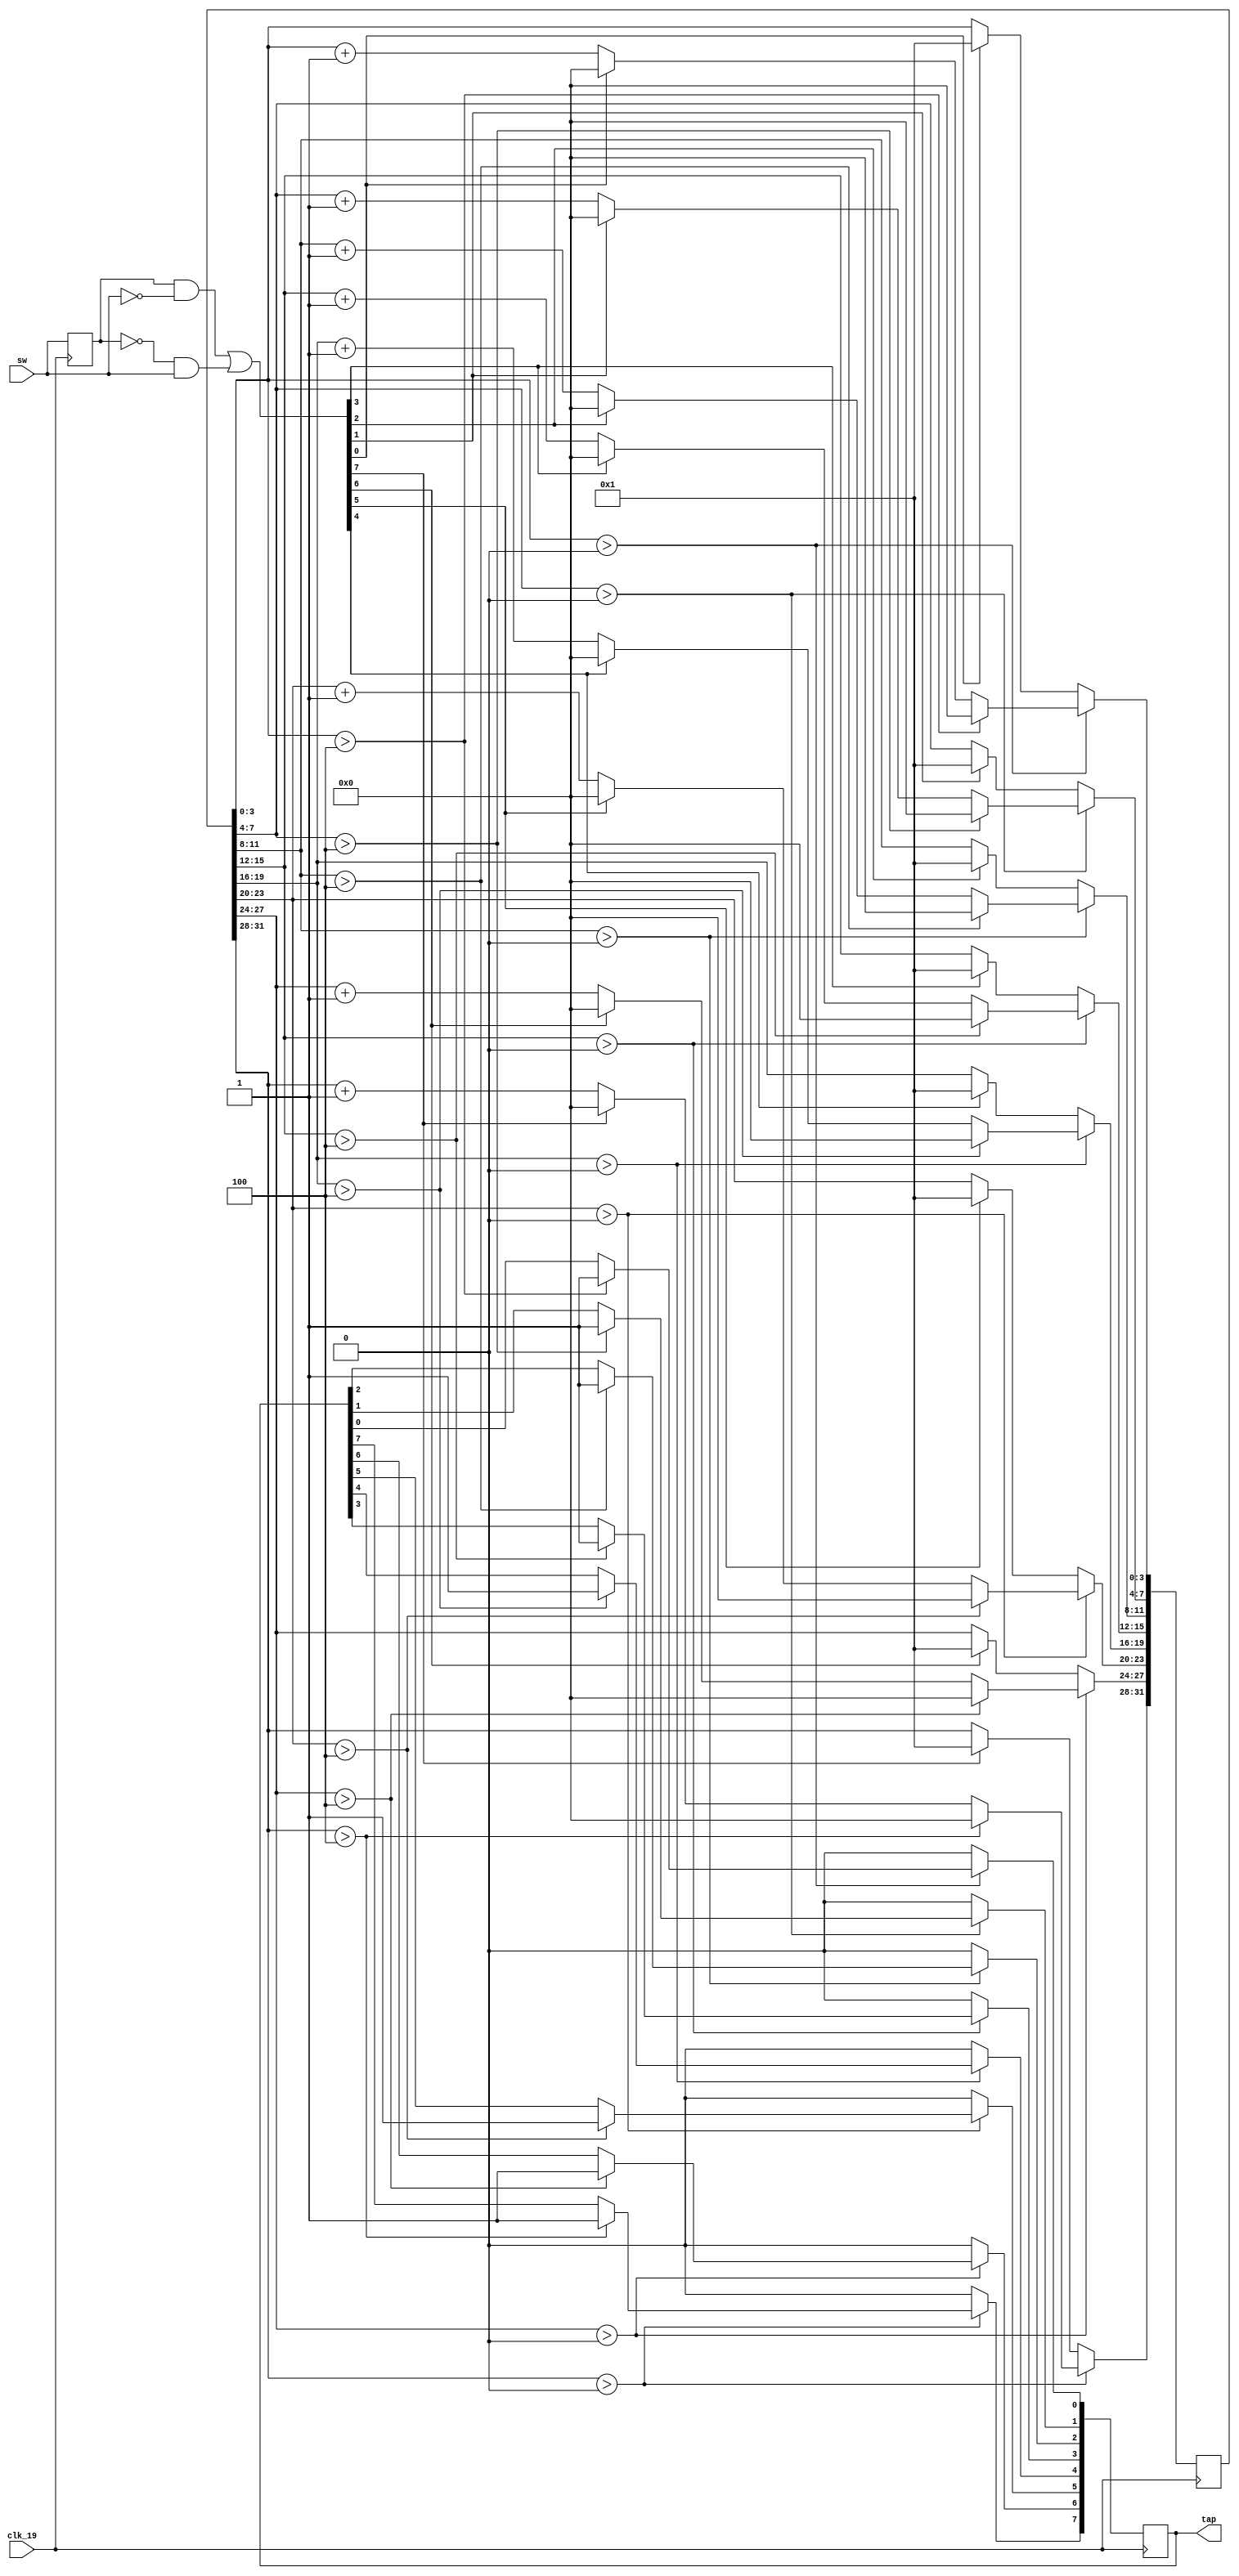
// Switch input and hit control
//
// by nyLiao, April, 2019

module wam_tap (            // input switch
    input wire clk_19,
    input wire [7:0] sw,
    output reg [7:0] tap    // active high
    );

    reg [7:0]  sw_pre;      // last status
    wire [7:0] sw_edg;      // bilateral edge trigger
    reg [31:0] sw_cnt;      // state machine counter
    integer i;              // switch selector

    always @(posedge clk_19)    // bilateral edge detection
        sw_pre <= sw;
    assign sw_edg = ((sw_pre) & (~sw)) | ((~sw_pre) & (sw));

    always @ (posedge clk_19) begin
        for (i=0; i<8; i=i+1) begin
            if (sw_cnt[4*i+:4] > 0) begin               // filtering
                if (sw_cnt[4*i+:4] > 4'b0100) begin     // stable
                    sw_cnt[4*i+:4] <= 4'b0000;
                    tap[i] <= 1;                        // output status
                end
                else begin
                    if (sw_edg[i]) begin                // if switch then back to idle
                        sw_cnt[4*i+:4] <= 0;
                    end
                    else begin                          // count
                        sw_cnt[4*i+:4] <= sw_cnt[4*i+:4] + 1;
                    end
                end
            end
            else begin                                  // idle
                tap[i] <= 0;
                if (sw_edg[i]) begin                    // if switch then start filtering
                    sw_cnt[4*i+:4] <= 4'b0001;
                end
            end
        end
    end
endmodule // wam_tap

module wam_hit (            // get successful hit condition
    input wire clk_19,
    input wire [7:0] tap,
    input wire [7:0] holes,
    output reg [7:0] hit    // effective hit
    );

    reg [7:0] holes_pre;    // holes last status

    always @ (posedge clk_19) begin
        hit <= tap & holes_pre;     // both tap and have mole, then is successful hit
        holes_pre <= holes;         // save hole status
    end
endmodule // wam_hit